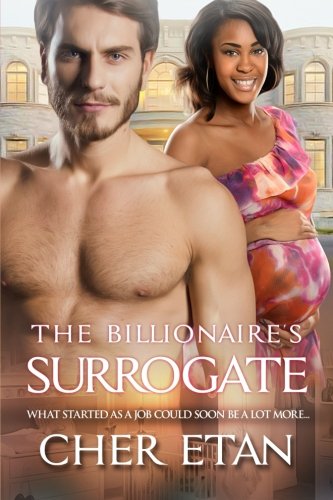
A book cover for The Billionaire's Surrogate; Cher Etan; Romance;